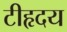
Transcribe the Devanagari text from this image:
टीहृदय